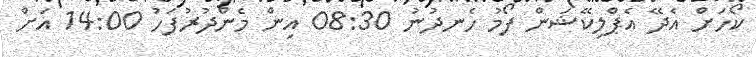
ކޯހަށް އެދޭ އެޕްލިކޭޝަން ފޯމު ހެނދުނު 08:30 އިން މެންދުރުފަހު 14:00 އަށް